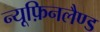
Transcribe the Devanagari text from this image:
न्यूफ़िनलैण्ड